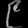
Digit: ၉